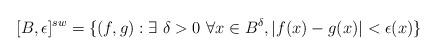
LaTeX: \begin{align*}[B,\epsilon]^{sw} = \{(f,g) : \exists ~ \delta > 0 \ \forall x\in B^\delta, |f(x)-g(x)| < \epsilon(x)\}\end{align*}